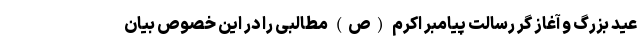
عید بزرگ و آغاز گر رسالت پیامبر اکرم (ص) مطالبی را در این خصوص بیان